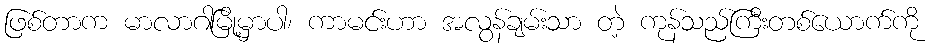
ဖြစ်တာက မာလာဂါမြို့မှာပါ၊ ကာမင်းဟာ အလွန်ချမ်းသာ တဲ့ ကုန်သည်ကြီးတစ်ယောက်ကို